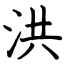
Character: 洪